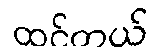
ထင်တယ်